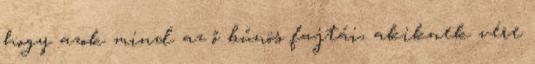
hogy azok mind az ő bűnös fajtái, akiknek vére